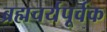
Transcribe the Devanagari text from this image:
ब्रह्मचर्यपूर्वक